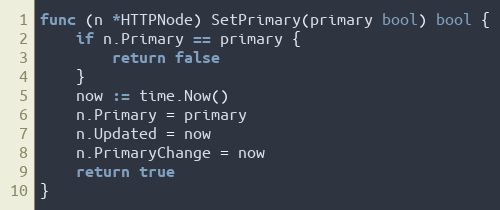
Language: Go
func (n *HTTPNode) SetPrimary(primary bool) bool {
	if n.Primary == primary {
		return false
	}
	now := time.Now()
	n.Primary = primary
	n.Updated = now
	n.PrimaryChange = now
	return true
}